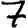
Digit: 7